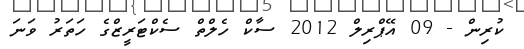
ކުރިން - 09 އޭޕްރިލް 2012 ސާކް ހެލްތް ސެކްޓަރީޒްގެ ހަތަރު ވަނަ